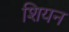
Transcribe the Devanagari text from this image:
शियन